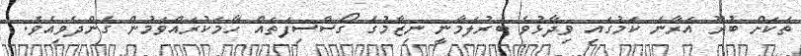
ތަކަށް ބުރޫ އަރާނެ ކަމުގައި ވިދާޅުވެ ބަރުލަމާނީ ނިޒާމުގެ ގޯސްސިފަތައް ހާމަކުރައްވަމުން ގެންދެވިއެވެ.